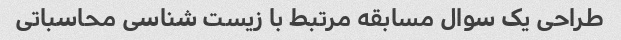
طراحی یک سوال مسابقه مرتبط با زیست شناسی محاسباتی